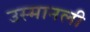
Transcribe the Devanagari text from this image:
उस्मानली